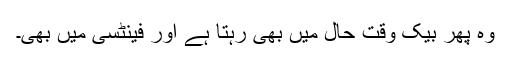
وہ پھر بیک وقت حال میں بھی رہتا ہے اور فینٹسی میں بھی۔